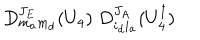
D _ { m _ { a } m _ { d } } ^ { J _ { E } } ( U _ { 4 } ) \; D _ { i _ { d } i _ { a } } ^ { J _ { A } } ( U _ { 4 } ^ { \dagger } )